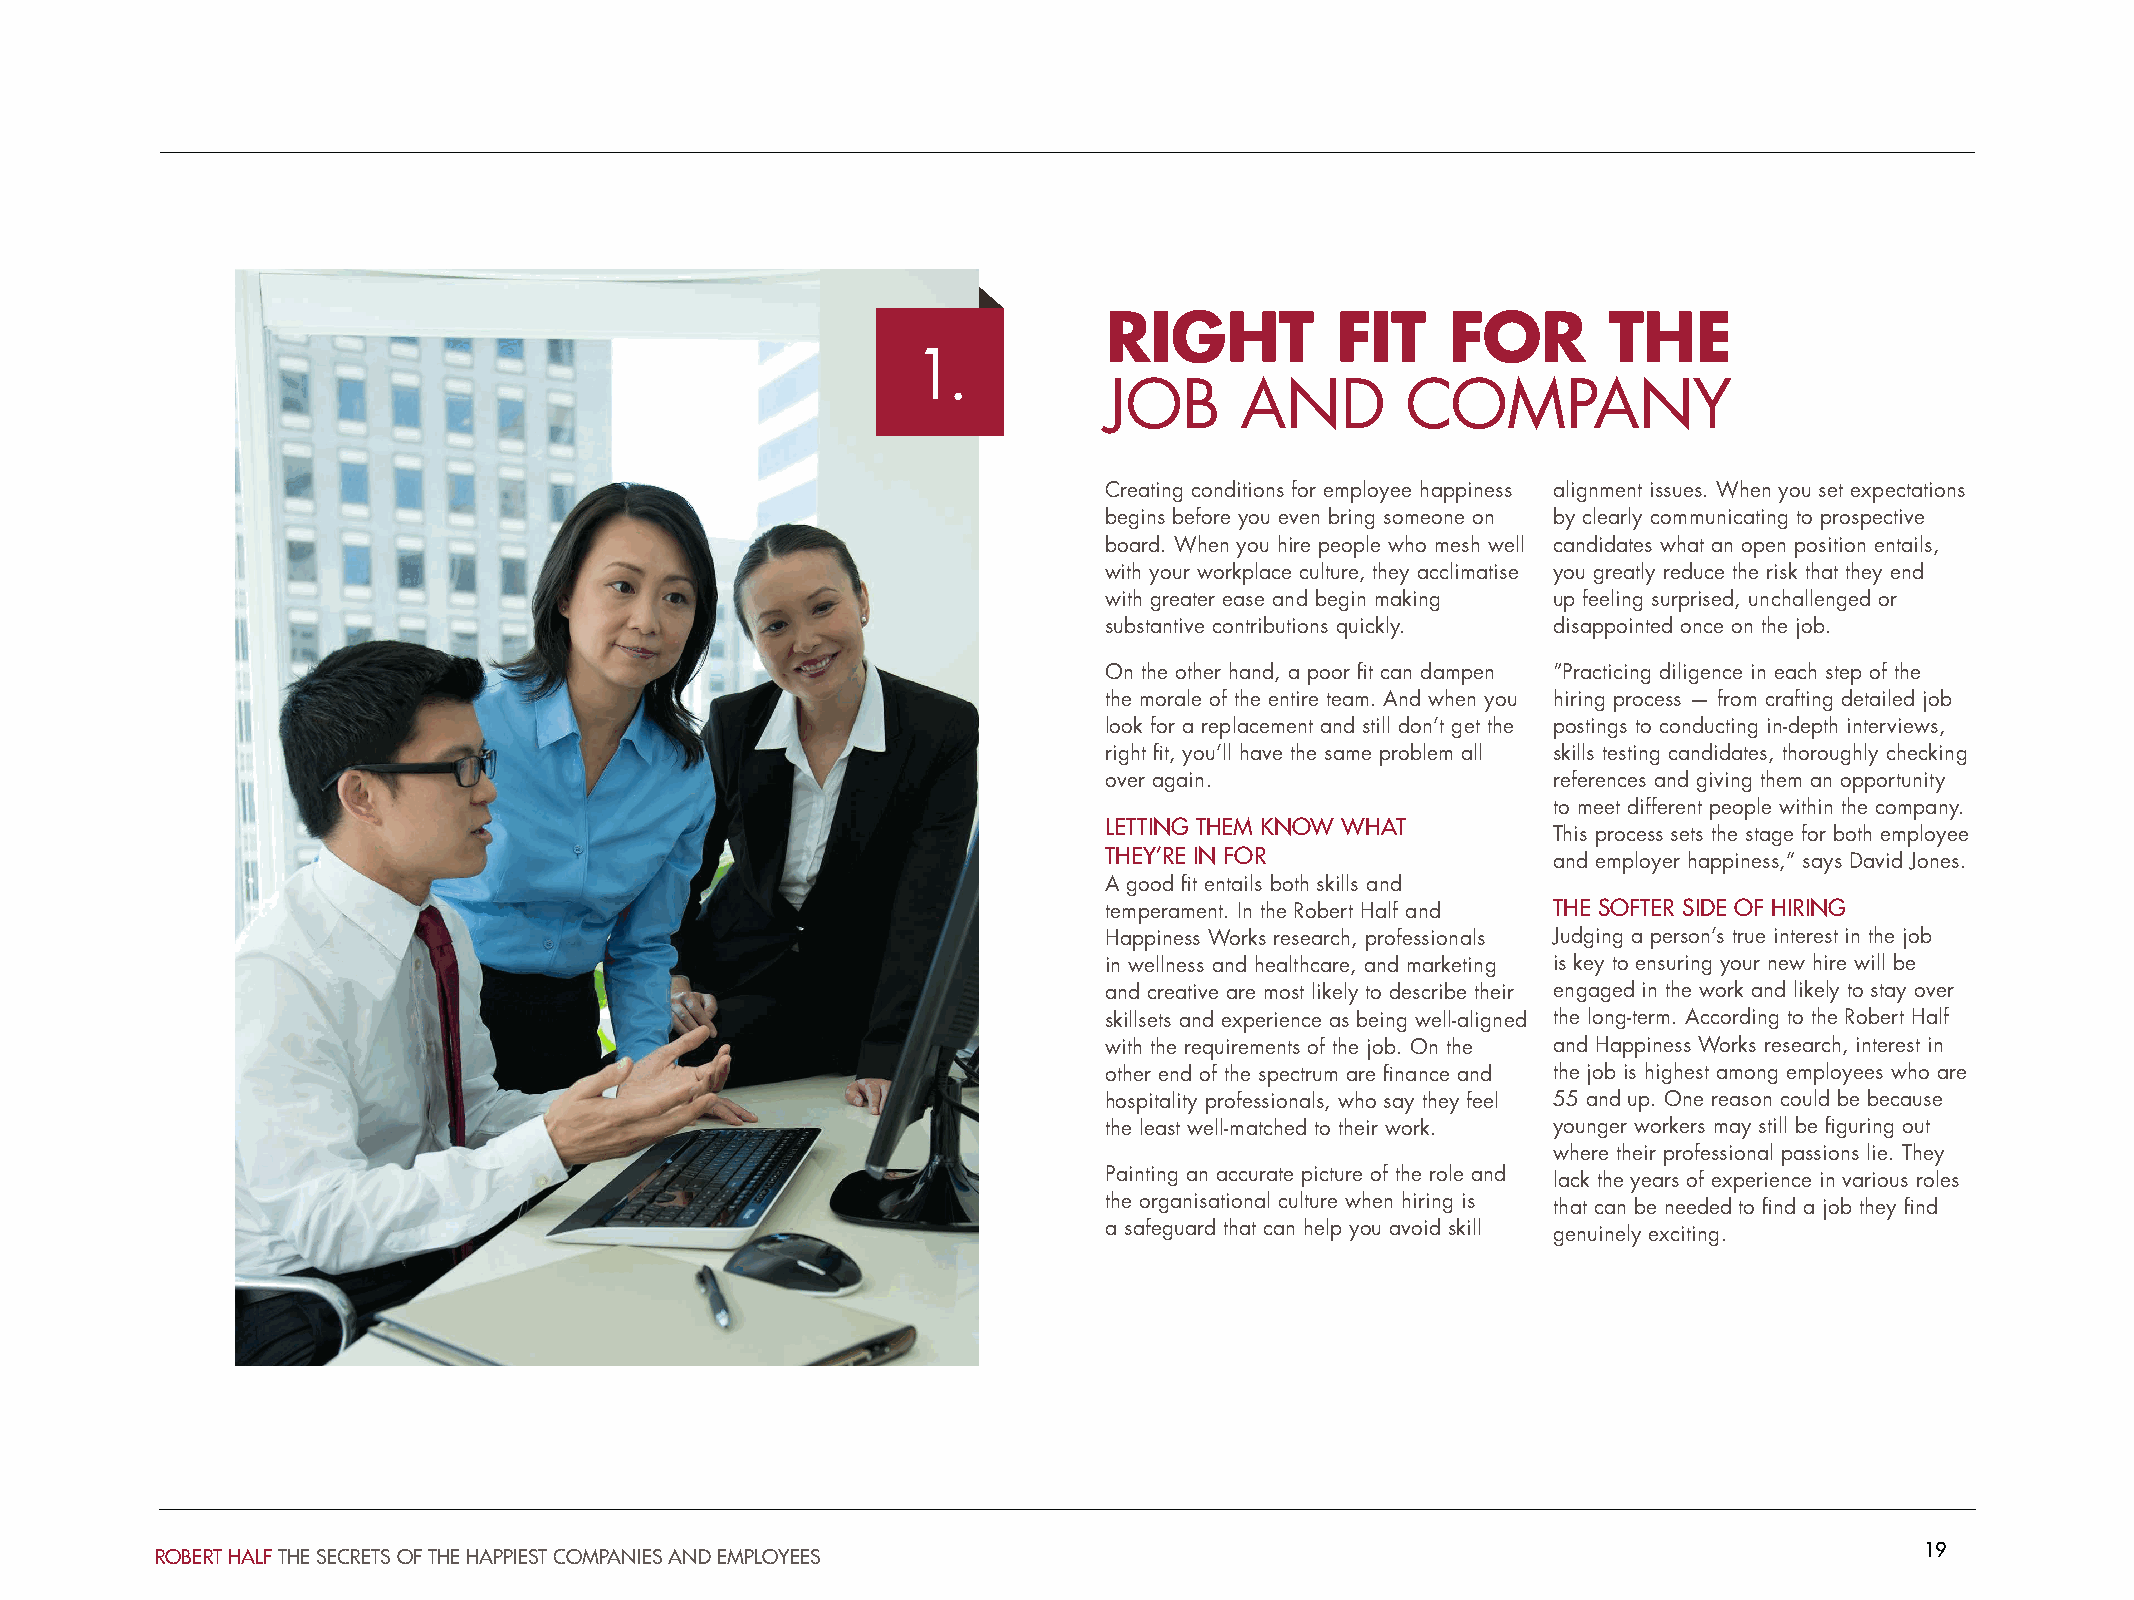
RIGHT          FIT     FOR       THE
 1.
 JOB      AND        COMPANY
 Creating conditions for employee happiness alignment issues. When you set expectations
 begins before you even bring someone on by clearly communicating to prospective
 board. When you hire people who mesh well candidates what an open position entails,
 with your workplace culture, they acclimatise you greatly reduce the risk that they end
 with greater ease and begin making up feeling surprised, unchallenged or
 substantive contributions quickly. disappointed once on the job.
 On the other hand, a poor fit can dampen “Practicing diligence in each step of the
 the morale of the entire team. And when you hiring process — from crafting detailed job
 look for a replacement and still don’t get the postings to conducting in-depth interviews,
 right fit, you’ll have the same problem all skills testing candidates, thoroughly checking
 over again.                   references and giving them an opportunity
 to meet different people within the company.
 LETTING THEM KNOW WHAT
 This process sets the stage for both employee
 THEY’RE IN FOR                and employer happiness,” says David Jones.
 A good fit entails both skills and
 temperament. In the Robert Half and THE SOFTER SIDE OF HIRING
 Happiness Works research, professionals Judging a person’s true interest in the job
 in wellness and healthcare, and marketing is key to ensuring your new hire will be
 and creative are most likely to describe their engaged in the work and likely to stay over
 skillsets and experience as being well-aligned the long-term. According to the Robert Half
 with the requirements of the job. On the and Happiness Works research, interest in
 other end of the spectrum are finance and the job is highest among employees who are
 hospitality professionals, who say they feel 55 and up. One reason could be because
 the least well-matched to their work. younger workers may still be figuring out
 where their professional passions lie. They
 Painting an accurate picture of the role and lack the years of experience in various roles
 the organisational culture when hiring is that can be needed to find a job they find
 a safeguard that can help you avoid skill genuinely exciting.
 19
 ROBERT HALF THE SECRETS OF THE HAPPIEST COMPANIES AND EMPLOYEES